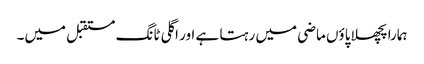
ہمارا پچھلا پاؤں ماضی میں رہتا ہے اور اگلی ٹانگ مستقبل میں۔